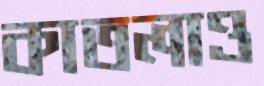
কাতলাও